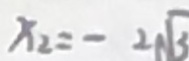
x _ { 2 } = - 2 \sqrt { 3 }